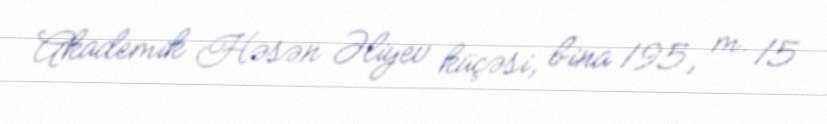
Akademik Həsən Əliyev küçəsi, bina 195, m. 15